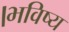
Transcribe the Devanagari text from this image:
।भविष्य